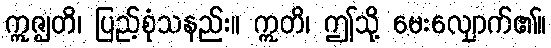
ဣဇ္ဈတိ၊ ပြည့်စုံသနည်း။ ဣတိ၊ ဤသို့ မေးလျှောက်၏။